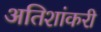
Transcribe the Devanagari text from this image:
अतिशांकरी